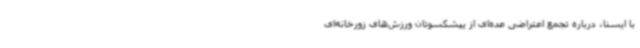
با ایسنا، درباره تجمع اعتراضی عده‌ای از یپشکسوتان ورزش‌های زورخانه‌ای